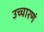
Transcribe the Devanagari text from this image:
उच्चारणं